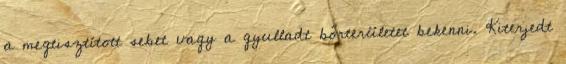
a megtisztított sebet vagy a gyulladt bőrterületet bekenni. Kiterjedt